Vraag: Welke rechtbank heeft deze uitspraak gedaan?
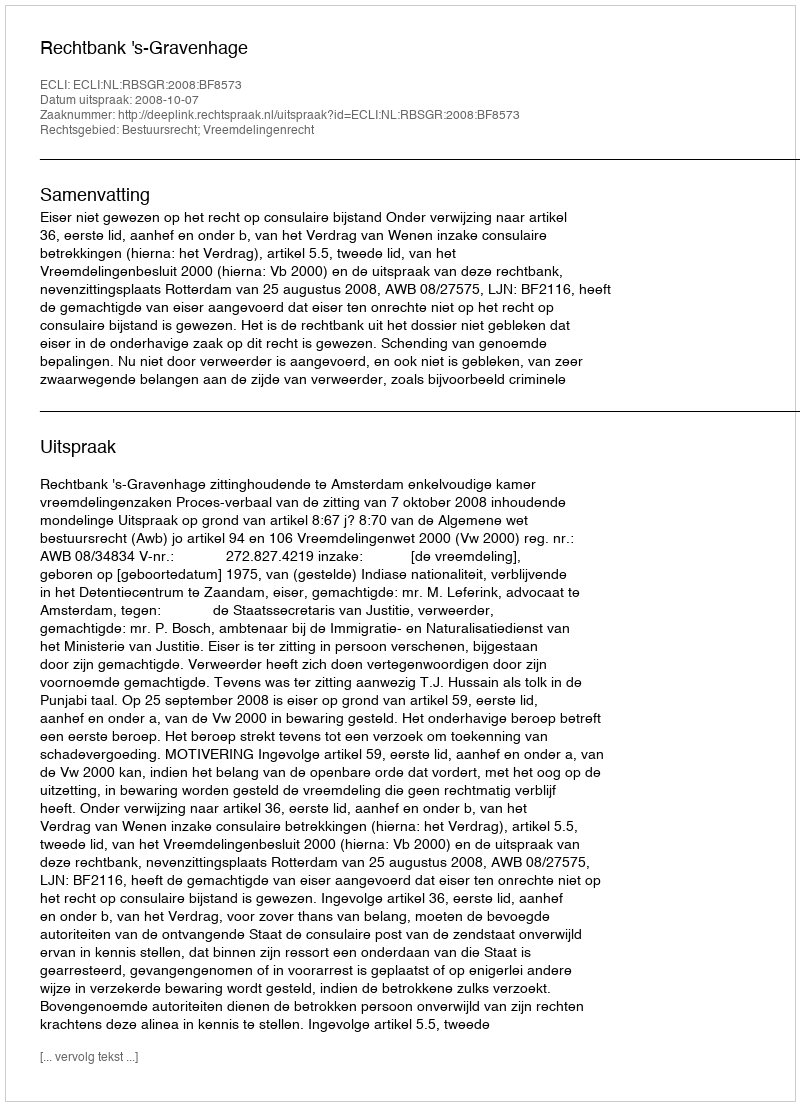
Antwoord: Rechtbank 's-Gravenhage